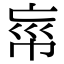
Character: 𢂪